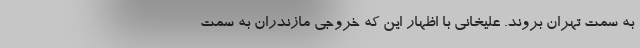
به سمت تهران بروند. علیخانی با اظهار این که خروجی مازندران به سمت